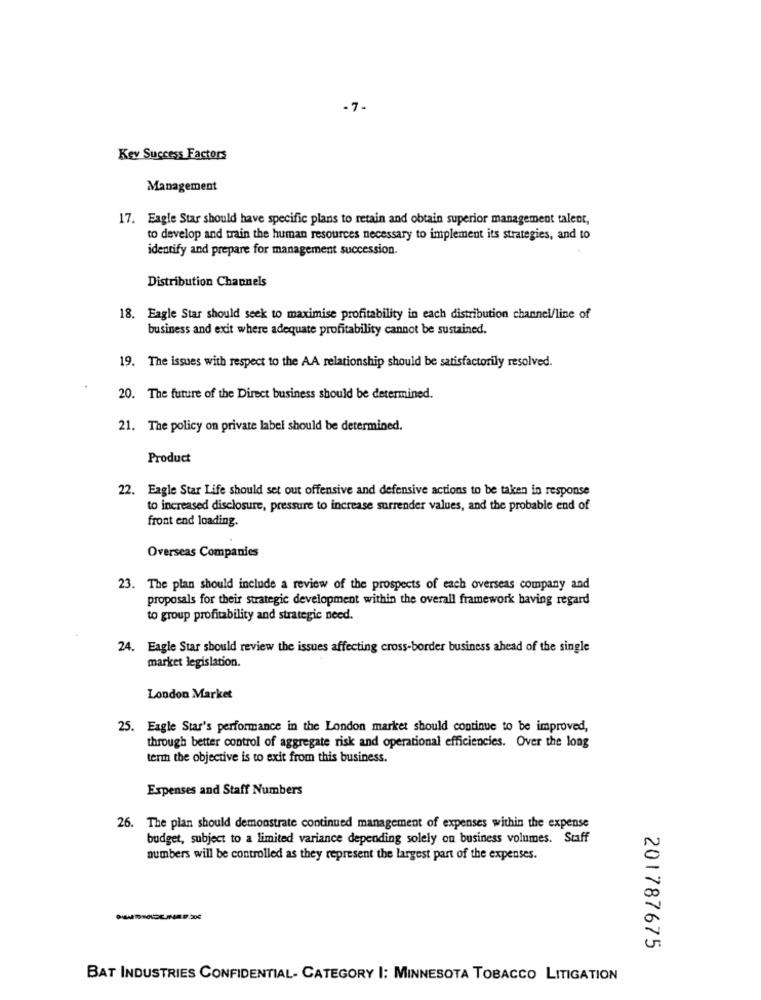
-7-
Kev Success Factors
Management
17. Eagle Star should have specific plans to retain and obtain superior management talent,
to develop and train the human resources necessary to implement its strategies, and to
identify and prepare for management succession.
Distribution Channels
18. Eagle Star should seek to maximise profitability in each distribution channel/line of
business and exit where adequate profitability cannot be sustained.
19. The issues with respect to the AA relationship should be satisfactorily resolved.
20. The future of the Direct business should be determined.
21. The policy on private label should be determined.
Product
22. Eagle Star Life should set out offensive and defensive actions to be taken in response
to increased disclosure, pressure to increase surrender values, and the probable end of
front end loading.
Overseas Companies
23. The plan should include a review of the prospects of each overseas company and
proposals for their strategic development within the overall framework having regard
to group profitability and strategic need.
24. Eagle Star should review the issues affecting cross-border business ahead of the single
market legislation.
London Market
25. Eagle Star's performance in the London market should continue to be improved,
through better control of aggregate risk and operational efficiencies. Over the long
term the objective is to exit from this business.
Expenses and Staff Numbers
26. The plan should demonstrate continued management of expenses within the expense
budget, subject to a limited variance depending solely on business volumes. Staff
numbers will be controlled as they represent the largest part of the expenses.
201787675
BAT INDUSTRIES CONFIDENTIAL- CATEGORY I: MINNESOTA TOBACCO LITIGATION